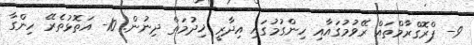
9- ޕްރޮގްރާމްތައް ރޭވުމުގައާއި ހިންގުމުގައި އިދާރީ ޚިދުމަތް ދިނުން. 10- އަތޮޅުތެރޭ ހިންގާ